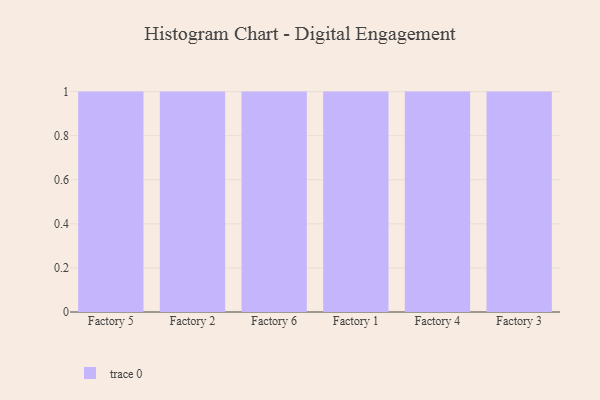
{"axis": {"x": "Factory", "y": "Bounce Rate (%)"}, "legend": [""], "data": [{"x": "Factory 5", "y": 84, "type": ""}, {"x": "Factory 2", "y": 3, "type": ""}, {"x": "Factory 6", "y": 67, "type": ""}, {"x": "Factory 1", "y": 54, "type": ""}, {"x": "Factory 4", "y": 20, "type": ""}, {"x": "Factory 3", "y": 28, "type": ""}]}